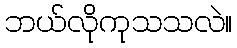
ဘယ်လိုကုသသလဲ။